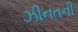
ઝીનતની